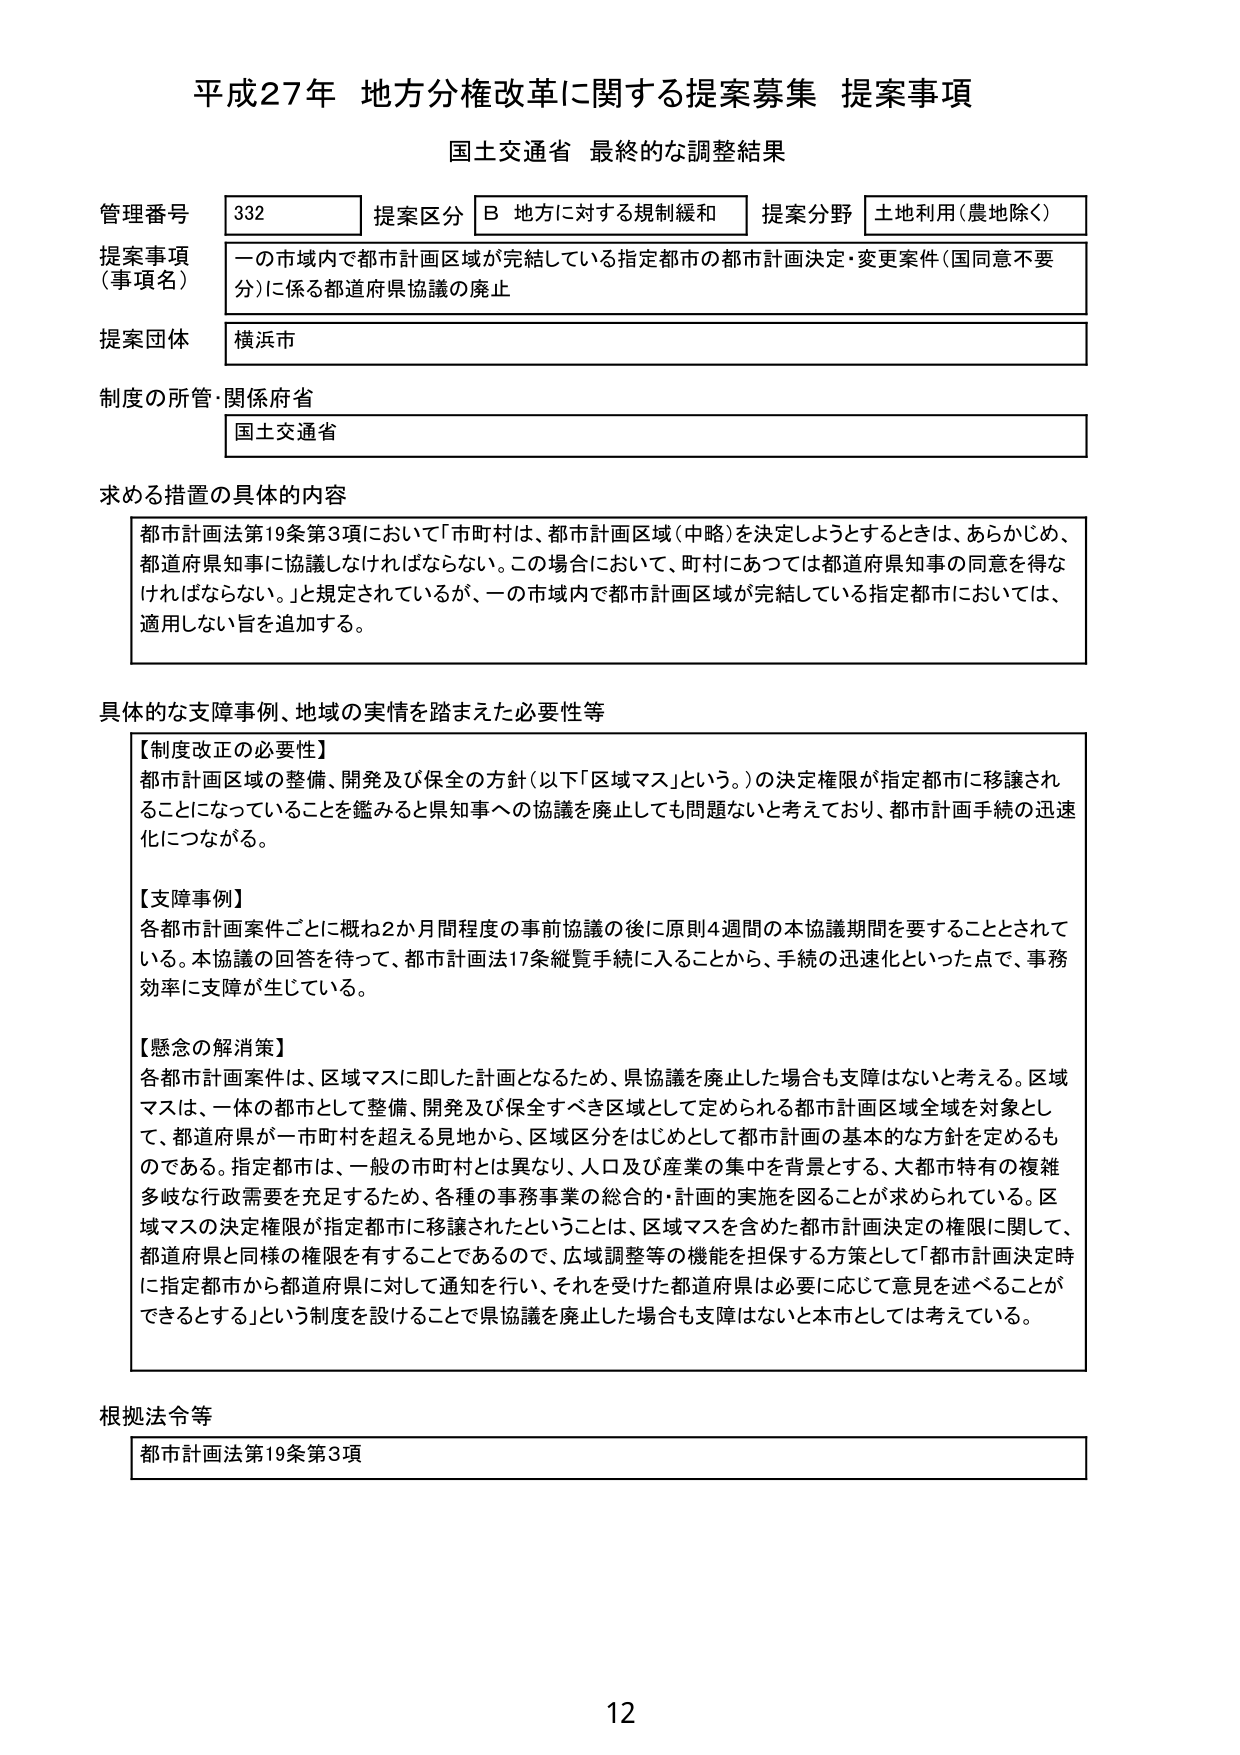
平成27年 地方分権改革に関する提案募集 提案事項
国土交通省 最終的な調整結果

管理番号 332
提案区分 B 地方に対する規制緩和
提案分野 土地利用（農地除く）

提案事項（事項名）
一の市域内で都市計画区域が完結している指定都市の都市計画決定・変更案件（国同意不要分）に係る都道府県協議の廃止

提案団体 横浜市

制度の所管・関係府省
国土交通省

求める措置の具体的内容
都市計画法第19条第3項において「市町村は、都市計画区域（中略）を決定しようとするときは、あらかじめ、都道府県知事に協議しなければならない。この場合において、町村にあつては都道府県知事の同意を得なければならない。」と規定されているが、一の市域内で都市計画区域が完結している指定都市においては、適用しない旨を追加する。

具体的な支障事例、地域の実情を踏まえた必要性等
【制度改正の必要性】
都市計画区域の整備、開発及び保全の方針（以下「区域マス」という。）の決定権限が指定都市に移譲されていることになっていることを鑑みると県知事への協議を廃止しても問題ないと考えており、都市計画手続の迅速化につながる。

【支障事例】
各都市計画案件ごとに概ね2か月間程度の事前協議の後に原則4週間の本協議期間を要することとされている。本協議の回答を待って、都市計画法17条縦覧手続に入ることから、手続の迅速化といった点で、事務効率に支障が生じている。

【懸念の解消策】
各都市計画案件は、区域マスに即した計画となるため、県協議を廃止した場合も支障はないと考える。区域マスは、一体の都市として整備、開発及び保全すべき区域として定められる都市計画区域全域を対象として、都道府県が一市町村を超える見地から、区域区分をはじめとして都市計画の基本的な方針を定めるものである。指定都市は、一般の市町村とは異なり、人口及び産業の集中を背景とする、大都市特有の複雑多岐な行政需要を充足するため、各種の事務事業の総合的・計画的実施を図ることが求められている。区域マスの決定権限が指定都市に移譲されたということは、区域マスを含めた都市計画決定の権限に関して、都道府県と同様の権限を有することであるので、広域調整等の機能を担保する方策として「都市計画決定時に指定都市から都道府県に対して通知を行い、それを受けた都道府県は必要に応じて意見を述べることができる」という制度を設けることで県協議を廃止した場合も支障はないと本市としては考えている。

根拠法令等
都市計画法第19条第3項

12